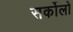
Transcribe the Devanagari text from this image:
सर्कोलो